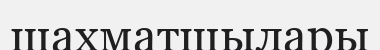
шахматшылары